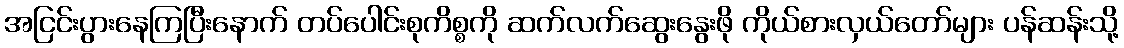
အငြင်းပွားနေကြပြီးနောက် တပ်ပေါင်းစုကိစ္စကို ဆက်လက်ဆွေးနွေးဖို ကိုယ်စားလှယ်တော်များ ပန်ဆန်းသို့